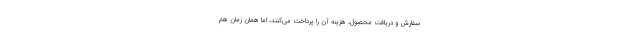
سفارش و دریافت محصول، هزینه آن را پرداخت می‌کنند، اما همان زمان هم